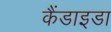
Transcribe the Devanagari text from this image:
कैंडाइडा